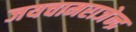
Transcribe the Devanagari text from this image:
जयचामराजेन्द्र